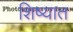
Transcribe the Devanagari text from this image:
शिष्यात